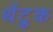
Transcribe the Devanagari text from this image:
थेंटुक